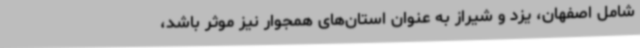
شامل اصفهان، یزد و شیراز به عنوان استان‌های همجوار نیز موثر باشد،